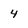
Character: 4